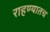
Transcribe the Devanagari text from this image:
राहण्यातच